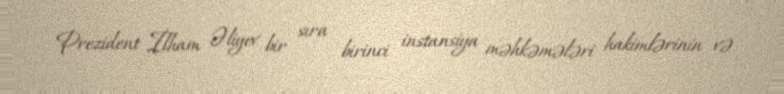
Prezident İlham Əliyev bir sıra birinci instansiya məhkəmələri hakimlərinin və